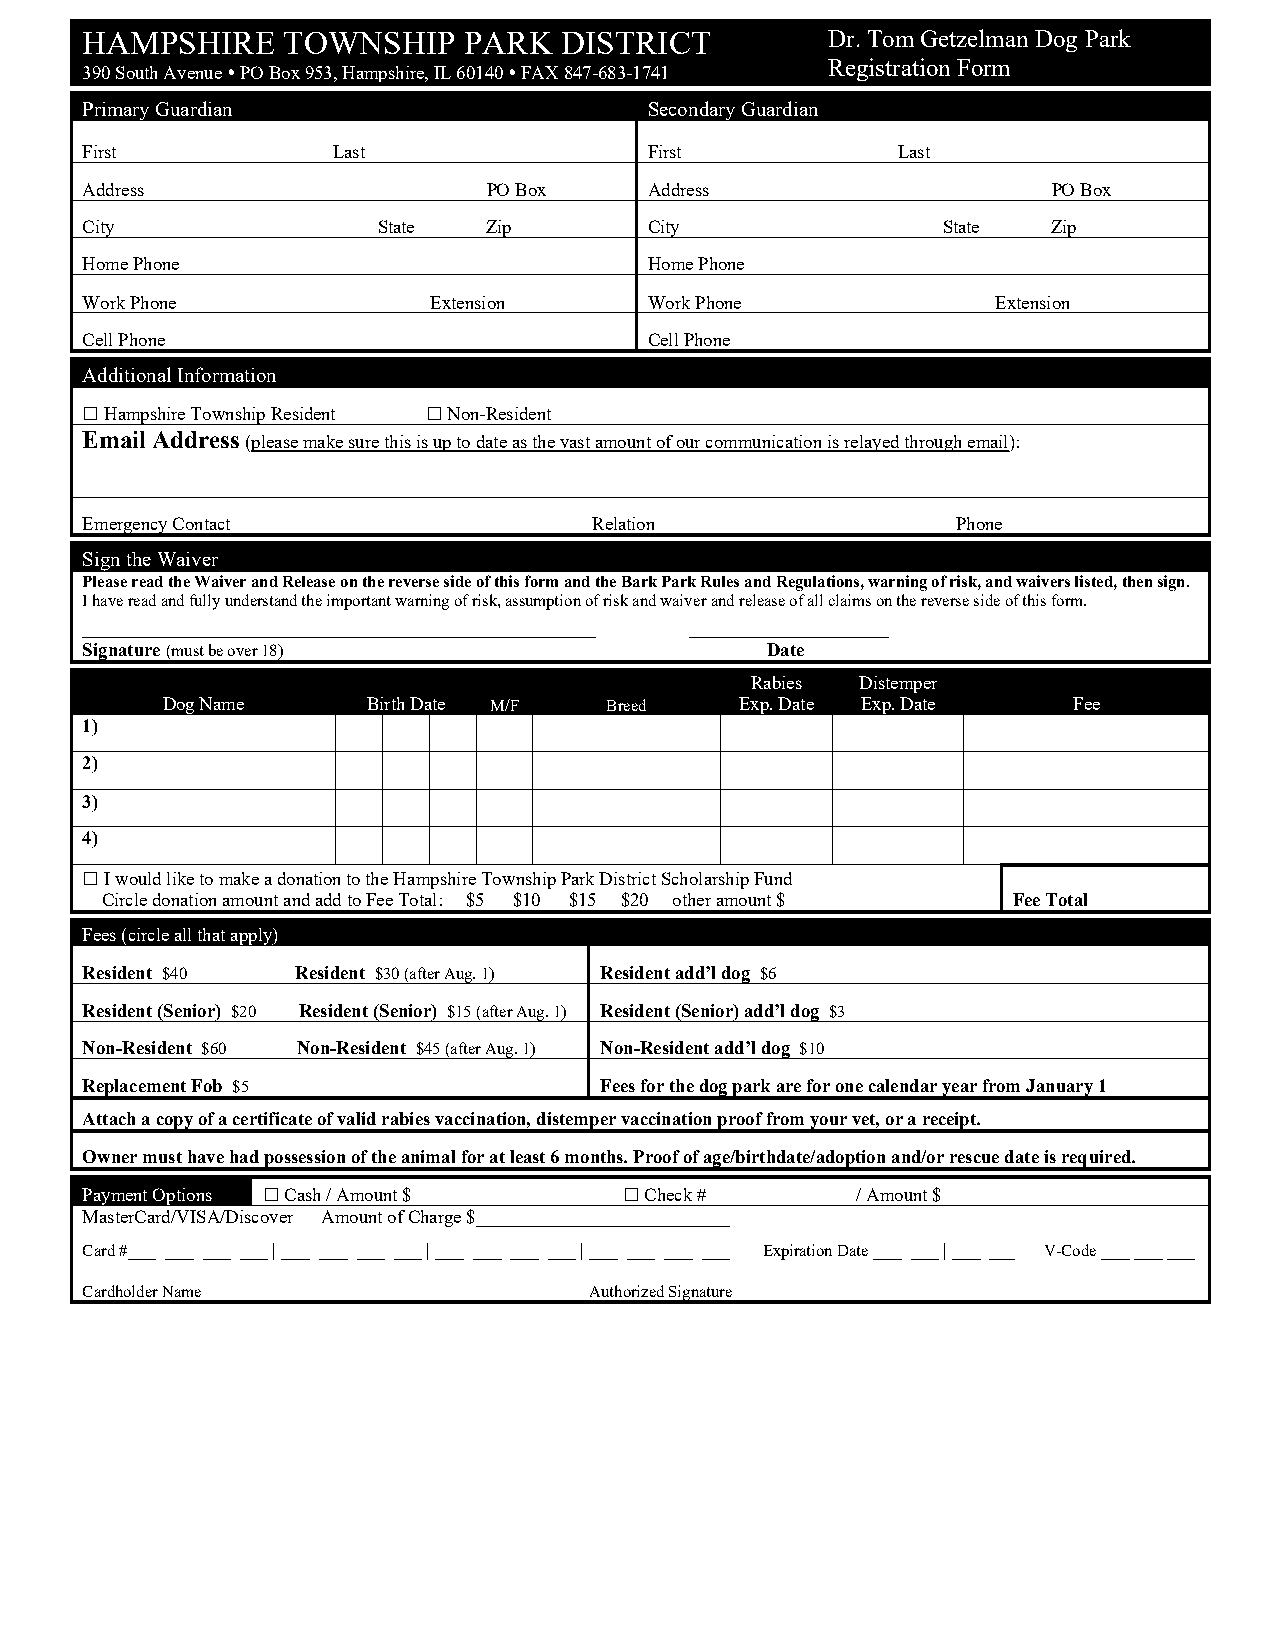
HAMPSHIRE     TOWNSHIP    PARK  DISTRICT          Dr. Tom Getzelman Dog Park
 Registration Form
 390 South Avenue  PO Box 953, Hampshire, IL 60140  FAX 847-683-1741
 Primary Guardian                      Secondary Guardian
 First            Last                 First           Last
 Address                    PO Box     Address                    PO Box
 City                State  Zip        City               State   Zip
 Home Phone                            Home Phone
 Work Phone             Extension      Work Phone             Extension
 Cell Phone                            Cell Phone
 Additional Information
  Hampshire Township Resident  Non-Resident
 Email Address (please make sure this is up to date as the vast amount of our communication is relayed through email):
 Emergency Contact                 Relation                Phone
 Sign the Waiver
 Please read the Waiver and Release on the reverse side of this form and the Bark Park Rules and Regulations, warning of risk, and waivers listed, then sign.
 I have read and fully understand the important warning of risk, assumption of risk and waiver and release of all claims on the reverse side of this form.
 _________________________________________ ________________
 Signature (must be over 18)                   Date
 Rabies Distemper
 Dog Name     Birth Date M/F  Breed    Exp. Date Exp. Date   Fee
 1)
 2)
 3)
 4)
  I would like to make a donation to the Hampshire Township Park District Scholarship Fund
 Circle donation amount and add to Fee Total: $5 $10 $15 $20 other amount $ Fee Total
 Fees (circle all that apply)
 Resident $40   Resident $30 (after Aug. 1) Resident add’l dog $6
 Resident (Senior) $20 Resident (Senior) $15 (after Aug. 1) Resident (Senior) add’l dog $3
 Non-Resident $60 Non-Resident $45 (after Aug. 1) Non-Resident add’l dog $10
 Replacement Fob $5                 Fees for the dog park are for one calendar year from January 1
 Attach a copy of a certificate of valid rabies vaccination, distemper vaccination proof from your vet, or a receipt.
 Owner must have had possession of the animal for at least 6 months. Proof of age/birthdate/adoption and/or rescue date is required.
 Payment Options  C ash / Amount $   Check #       / Amount $
 MasterCard/VISA/Discover Amount of Charge $___________________________
 Card #___ ___ ___ ___ | ___ ___ ___ ___ | ___ ___ ___ ___ | ___ ___ ___ ___ Expiration Date ___ ___ | ___ ___ V-Code ___ ___ ___
 Cardholder Name                   Authorized Signature